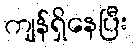
ကျန်ရှိနေပြီး